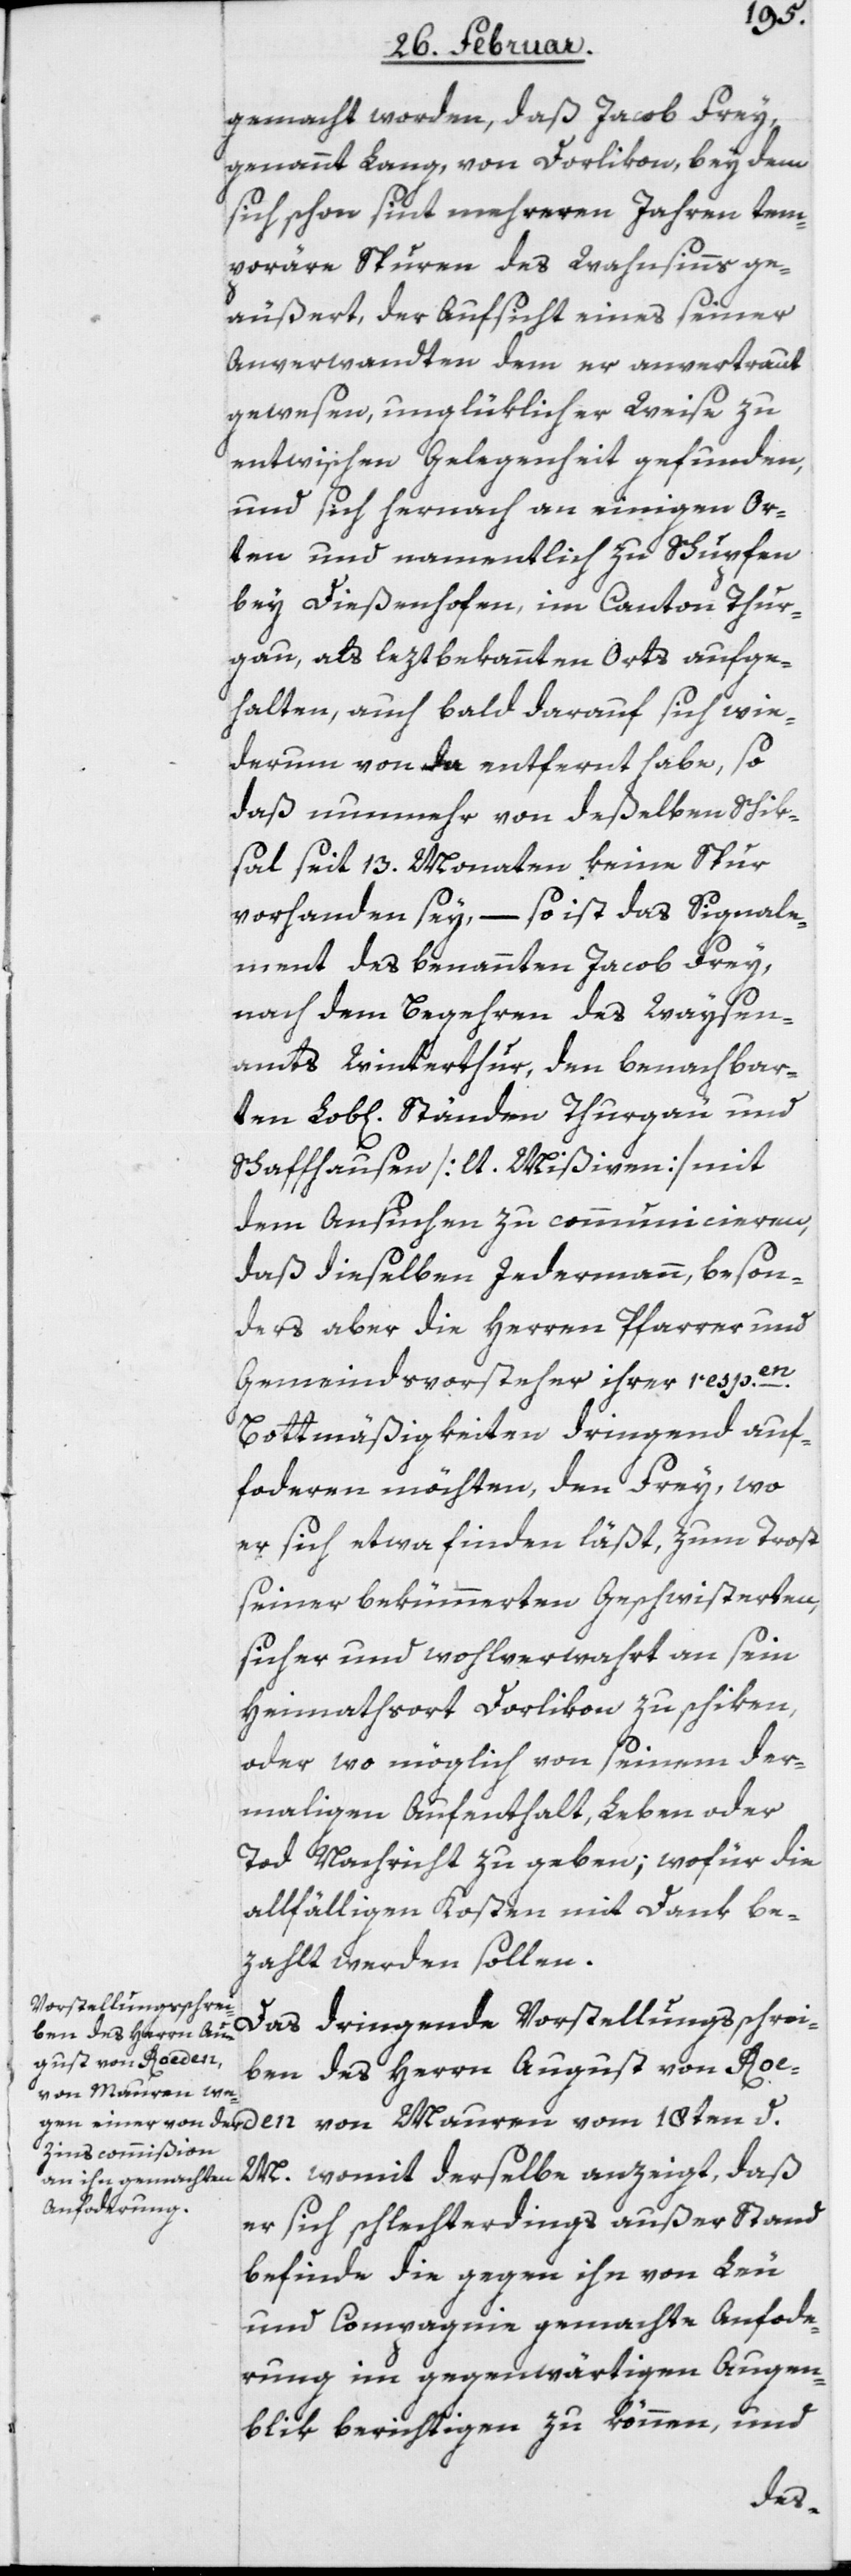
gemacht worden, daß Jacob Frey,
genannt Lang, von Dorlikon, bey dem
sich schon seit mehreren Jahren tem¬
poräre Spuren des Wahnsinns ge¬
äußert, der Aufsicht eines seiner
Anverwandten dem er anvertraut
gewesen, unglüklicher Weise zu
entwischen Gelegenheit gefunden,
und sich hernach an einigen Or¬
ten und namentlich zu Schupfen
bey Dießenhofen, im Canton Thur¬
gau, als leztbekannten Orts aufge¬
halten, auch bald darauf sich wie¬
derum von da entfernt habe, so
daß nunmehr von deßelben Schik¬
sal seit 13. Monaten keine Spur
vorhanden sey, – so ist das Signale¬
ment des benannten Jacob Frey,
nach dem Begehren des Waysen¬
amts Winterthur, den benachbar¬
ten Lob[lichen] Ständen Thurgau und
Schaffhausen [lt. Mißiven] mit
dem Ansuchen zu communicieren,
daß dieselben Jedermann, beson¬
ders aber die Herren Pfarrer und
d.
Gemeindsvorsteher ihrer respen.
Bottmäßigkeiten dringend auf¬
fo[r]deren möchten, den Frey, wo
er sich etwa finden läßt, zum Trost
seiner bekümmerten Geschwisterten,
sicher und wohlverwahrt an sein
Heimathsort Dorlikon zu schiken,
oder wo möglich von seinem der¬
maligen Aufenthalt, Leben oder
Tod Nachricht zu geben; wofür die
allfälligen Kosten mit Dank be¬
zahlt werden sollen.
Das dringende Vorstellungsschrei¬
ben des Herrn Au¬
gust von Roeden
von Mauren vom
M., womit derselbe anzeigt, daß
er sich schlechterdings außer Stand
befinde die gegen ihn von Leu
und Compagnie gemachte Anfo[r]de¬
rung im gegenwärtigen Augen¬
blik berichtigen zu können, und